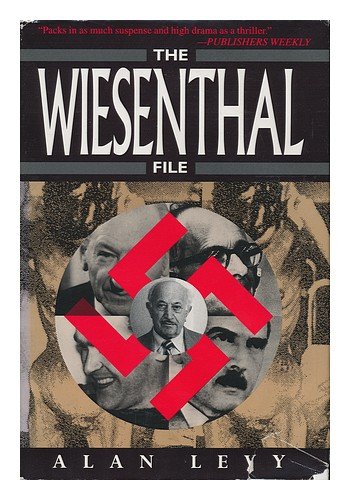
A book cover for Wiesenthal File, The; Alan Levy; Biographies & Memoirs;